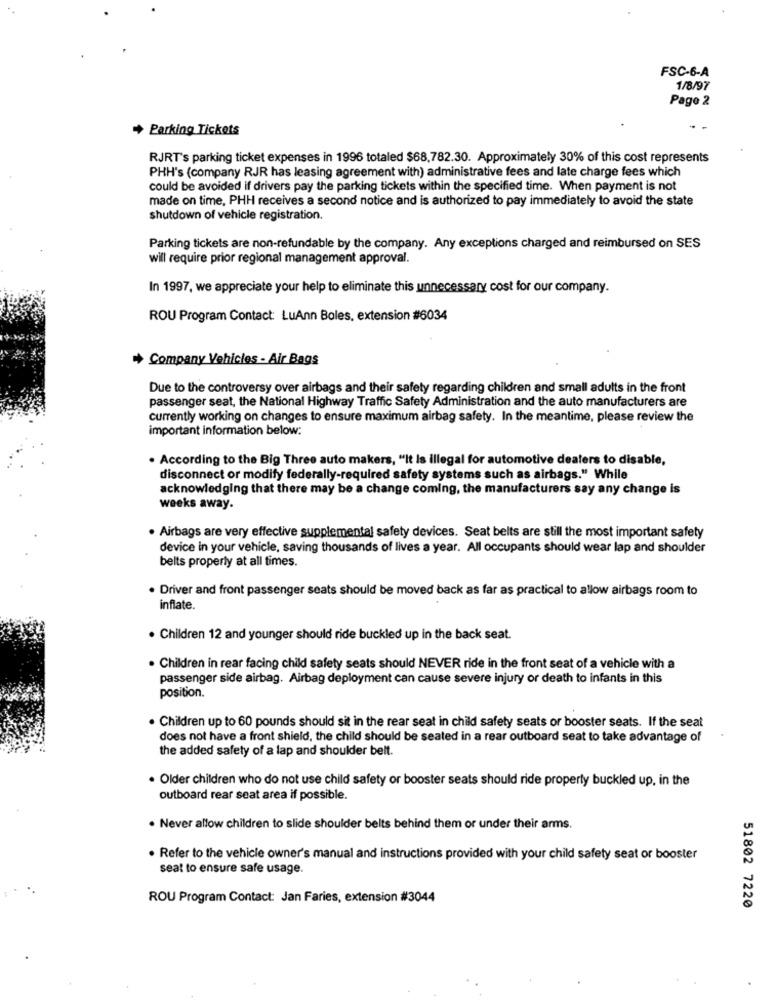
FSC-6-A
1/8/97
Page 2
+ Parking Tickets
RJRT's parking ticket expenses in 1996 totaled $68,782.30. Approximately 30% of this cost represents
PHH's (company RJR has leasing agreement with) administrative fees and late charge fees which
could be avoided if drivers pay the parking tickets within the specified time. When payment is not
made on time, PHH receives a second notice and is authorized to pay immediately to avoid the state
shutdown of vehicle registration.
Parking tickets are non-refundable by the company. Any exceptions charged and reimbursed on SES
will require prior regional management approval.
In 1997, we appreciate your help to eliminate this unnecessary cost for our company.
ROU Program Contact: LuAnn Boles, extension #6034
+ Company Vehicles - Air Bags
Due to the controversy over airbags and their safety regarding children and small adults in the front
passenger seat, the National Highway Traffic Safety Administration and the auto manufacturers are
currently working on changes to ensure maximum airbag safety. In the meantime, please review the
important information below:
. According to the Big Three auto makers, "It Is illegal for automotive dealers to disable,
disconnect or modify federally-required safety systems such as airbags." While
acknowledging that there may be a change coming, the manufacturers say any change is
weeks away.
. Airbags are very effective supplemental safety devices. Seat belts are still the most important safety
device in your vehicle, saving thousands of lives a year. All occupants should wear lap and shoulder
belts properly at all times.
· Driver and front passenger seats should be moved back as far as practical to allow airbags room to
Inflate.
. Children 12 and younger should ride buckled up in the back seat.
. Children in rear facing child safety seats should NEVER ride in the front seat of a vehicle with a
passenger side airbag. Airbag deployment can cause severe injury or death to infants in this
position.
. Children up to 60 pounds should sit in the rear seat in child safety seats or booster seats. If the seat
does not have a front shield, the child should be seated in a rear outboard seat to take advantage of
the added safety of a lap and shoulder belt.
. Older children who do not use child safety or booster seats should ride property buckled up, in the
outboard rear seat area if possible.
. Never allow children to slide shoulder belts behind them or under their arms.
. Refer to the vehicle owner's manual and instructions provided with your child safety seat or booster
seat to ensure safe usage.
ROU Program Contact: Jan Faries, extension #3044
51802 7220